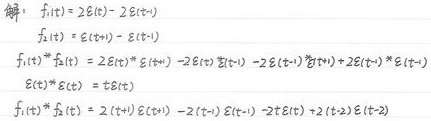
解：$f_1(t)=2\varepsilon(t)-2\varepsilon(t - 1)$
$f_2(t)=\varepsilon(t)-\varepsilon(t - 1)$
$f_1(t)*f_2(t)=2\varepsilon(t)*\varepsilon(t)-2\varepsilon(t)*\varepsilon(t - 1)-2\varepsilon(t - 1)*\varepsilon(t)+2\varepsilon(t - 1)*\varepsilon(t - 1)$
$\varepsilon(t)*\varepsilon(t)=t\varepsilon(t)$
$f_1(t)*f_2(t)=2t\varepsilon(t)-2(t - 1)\varepsilon(t - 1)-2(t - 1)\varepsilon(t - 1)+2(t - 2)\varepsilon(t - 2)$